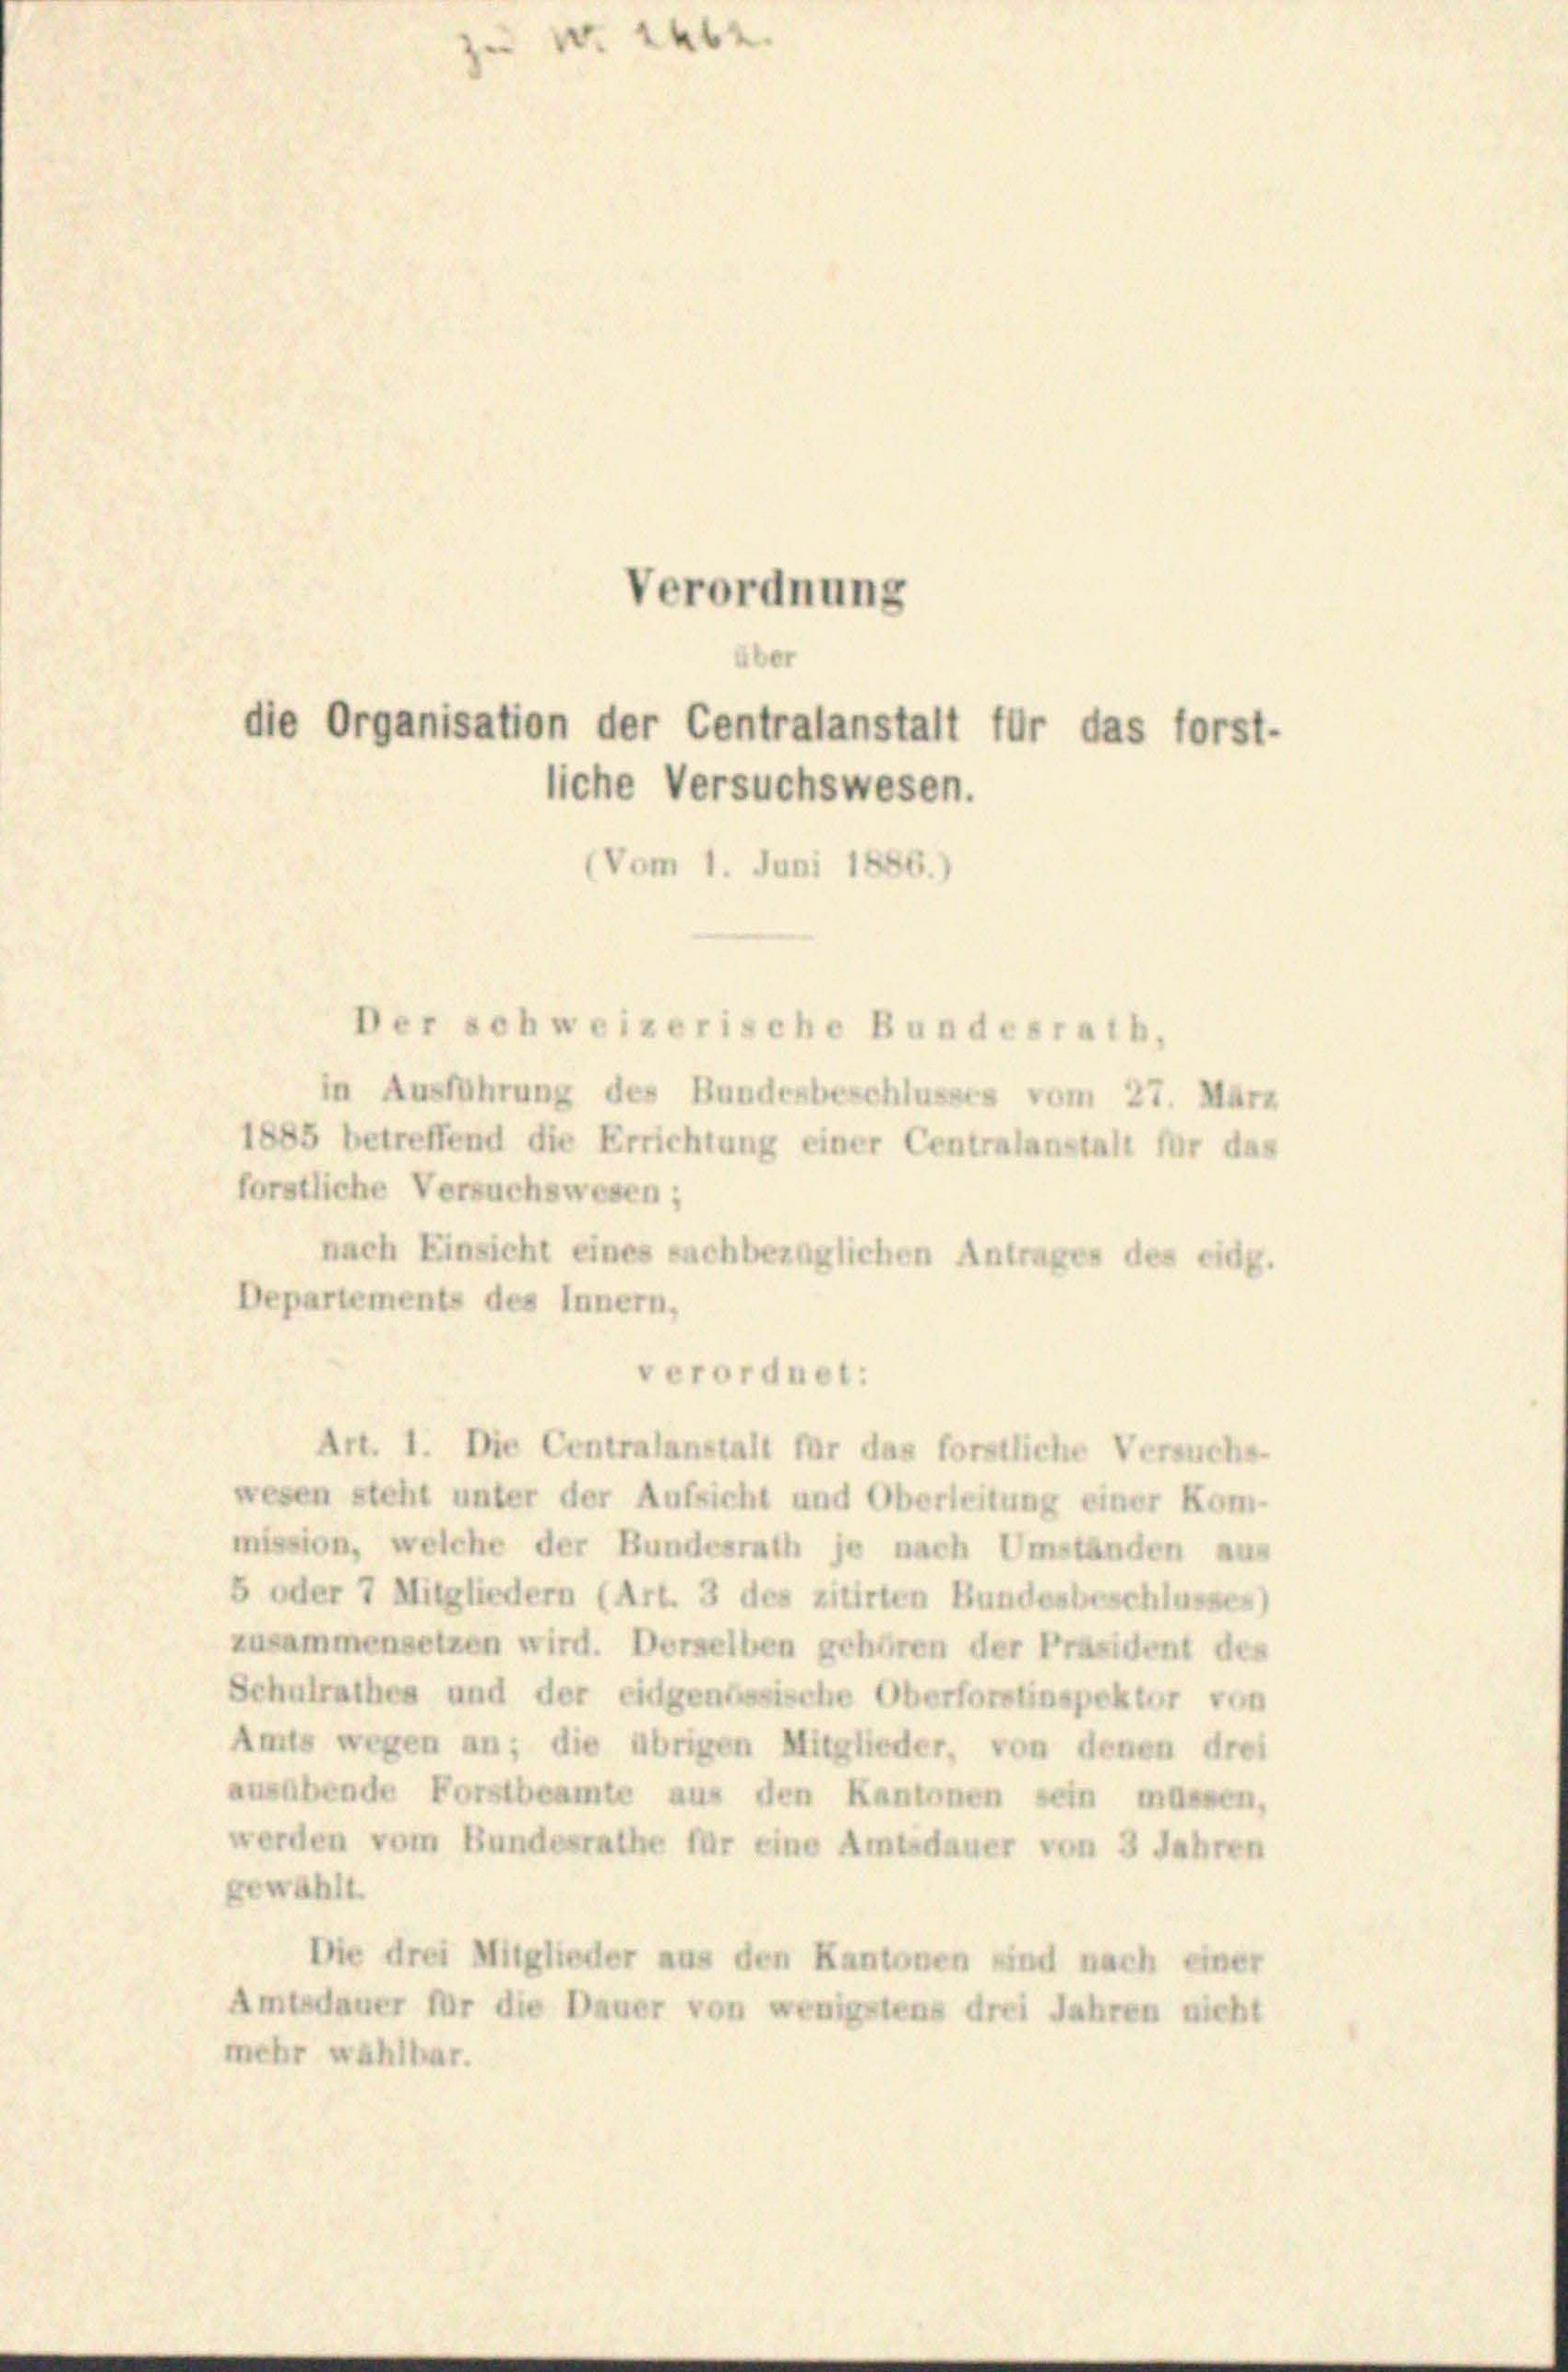
Verordnung
die Organisation der Centralanstalt für das forst-
liche Versuchswesen.
(Vom 1. Juni 1856.)

a

in Ausführung des Bundesbeschlusses vom 27. März
1885 betreffend die Errichtung einer Centralanstalt für das
förstliche Versuchswesen;
nach Einsicht eines sachbezüglichen Antrages des eidg.
Departements des Innern,
verordnet:
Art. 1. Die Centralanstalt für das forstliche Versuchs-
wesen steht unter der Aufsicht und Oberleitung einer Kom-
mission, welche der Bundesrath je nach Umständen aus
5 oder 7 Mitgliedern (Art. 3 des zitirten Bundesbeschlusses)
zusammensetzen wird. Derselben gehören der Präsident des
Schulrathes und der eidgenössische Oberforstinspektor von
Amts wegen an; die übrigen Mitglieder, von denen drei
ausübende Forstbeamte aus den Kantonen sein massen,
werden vom Bundesrathe für eine Amtsdauer von 3 Jahren
gewählt.
Die drei Mitglieder aus den Kantonen sind nach einer
Amtsdauer für die Dauer von wenigstens drei Jahren nicht
mehr wahlbar.

Der schweizerische Bundesrath,